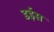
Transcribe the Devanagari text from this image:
डईस